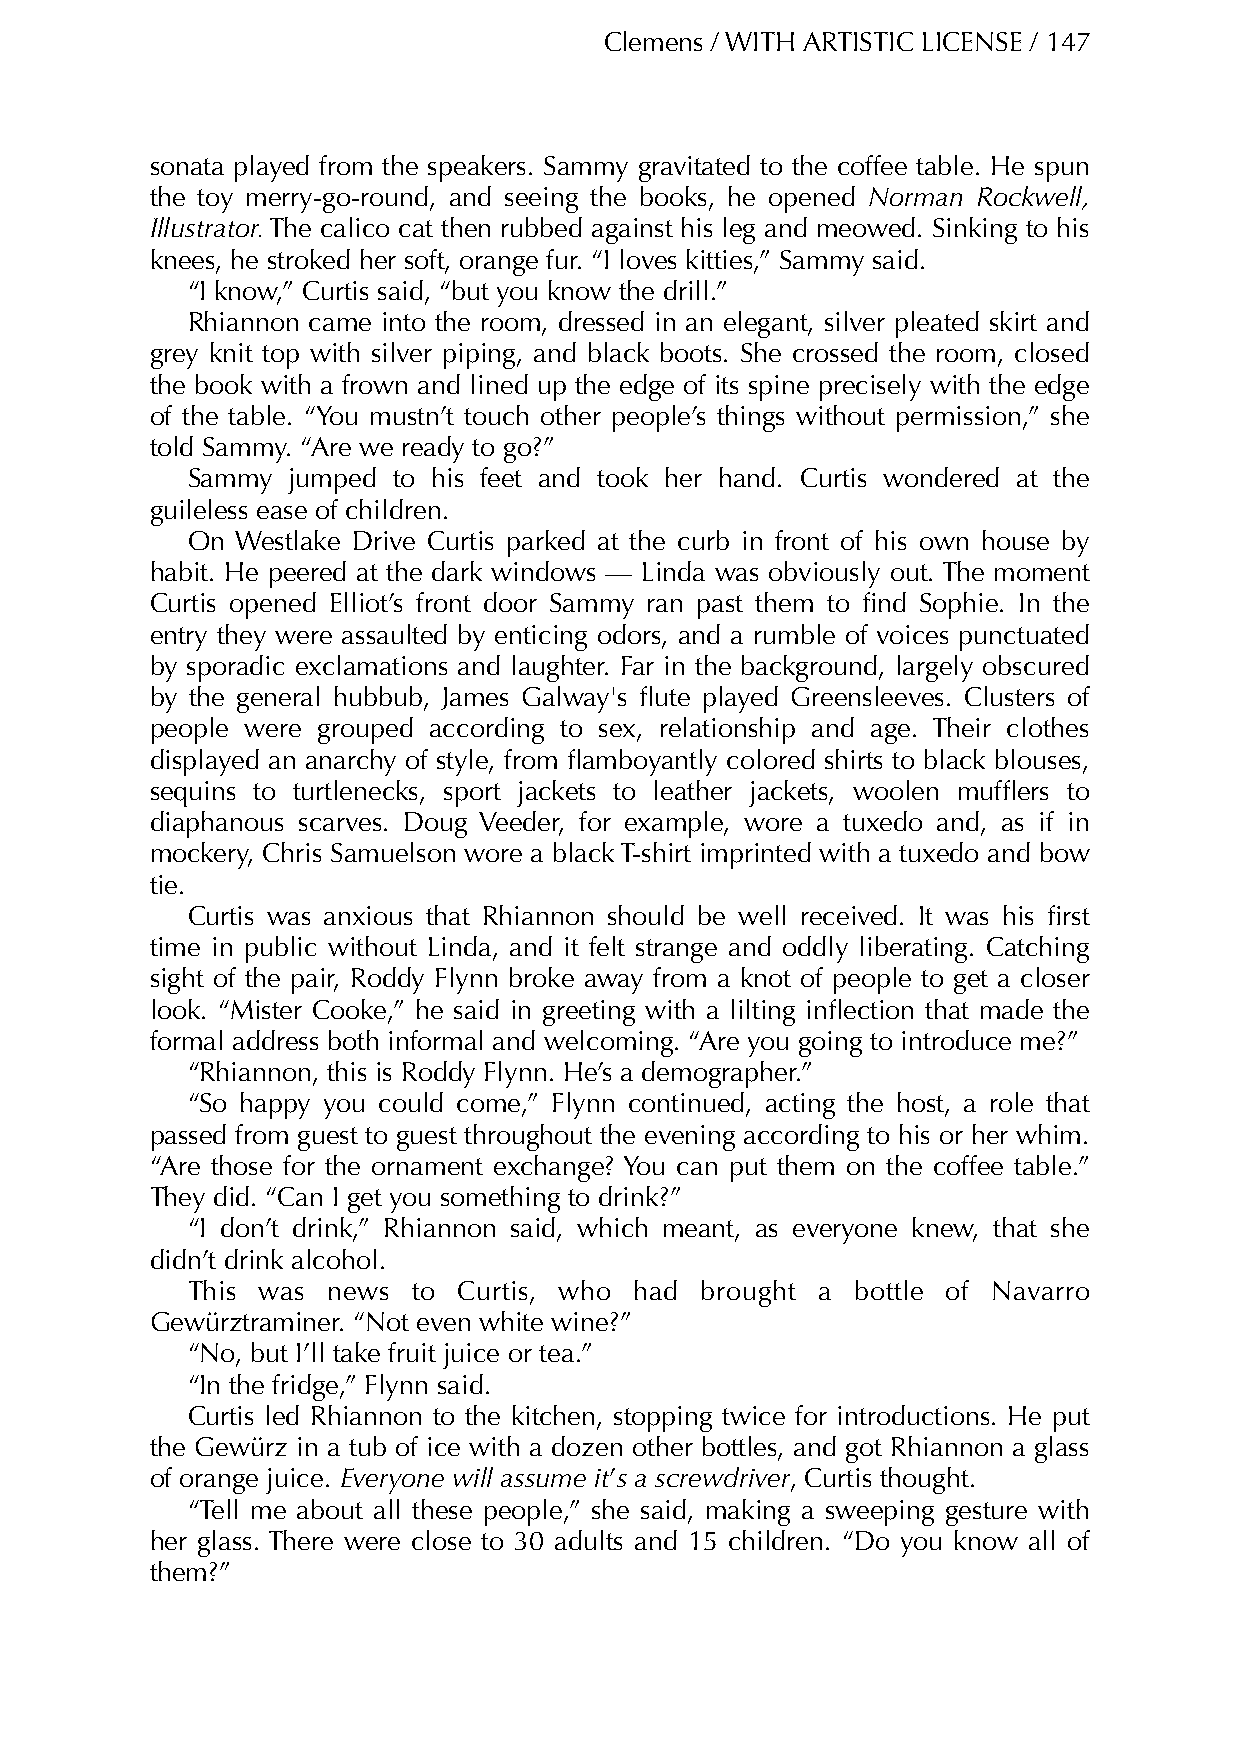
Clemens / WITH ARTISTIC LICENSE / 147
 sonata played from the speakers. Sammy gravitated to the coffee table. He spun
 the toy merry-go-round, and seeing the books, he opened Norman Rockwell,
 Illustrator. The calico cat then rubbed against his leg and meowed. Sinking to his
 knees, he stroked her soft, orange fur. “I loves kitties,” Sammy said.
 “I know,” Curtis said, “but you know the drill.”
 Rhiannon came into the room, dressed in an elegant, silver pleated skirt and
 grey knit top with silver piping, and black boots. She crossed the room, closed
 the book with a frown and lined up the edge of its spine precisely with the edge
 of the table. “You mustn’t touch other people’s things without permission,” she
 told Sammy. “Are we ready to go?”
 Sammy  jumped to his feet and took her hand. Curtis wondered at the
 guileless ease of children.
 On  Westlake Drive Curtis parked at the curb in front of his own house by
 habit. He peered at the dark windows — Linda was obviously out. The moment
 Curtis opened Elliot’s front door Sammy ran past them to find Sophie. In the
 entry they were assaulted by enticing odors, and a rumble of voices punctuated
 by sporadic exclamations and laughter. Far in the background, largely obscured
 by the general hubbub, James Galway's flute played Greensleeves. Clusters of
 people were grouped according to sex, relationship and age. Their clothes
 displayed an anarchy of style, from flamboyantly colored shirts to black blouses,
 sequins to turtlenecks, sport jackets to leather jackets, woolen mufflers to
 diaphanous scarves. Doug Veeder, for example, wore a tuxedo and, as if in
 mockery, Chris Samuelson wore a black T-shirt imprinted with a tuxedo and bow
 tie.
 Curtis was anxious that Rhiannon should be well received. It was his first
 time in public without Linda, and it felt strange and oddly liberating. Catching
 sight of the pair, Roddy Flynn broke away from a knot of people to get a closer
 look. “Mister Cooke,” he said in greeting with a lilting inflection that made the
 formal address both informal and welcoming. “Are you going to introduce me?”
 “Rhiannon, this is Roddy Flynn. He’s a demographer.”
 “So happy you could come,” Flynn continued, acting the host, a role that
 passed from guest to guest throughout the evening according to his or her whim.
 “Are those for the ornament exchange? You can put them on the coffee table.”
 They did. “Can I get you something to drink?”
 “I don’t drink,” Rhiannon said, which meant, as everyone knew, that she
 didn’t drink alcohol.
 This was  news to Curtis, who had brought a bottle of Navarro
 Gewürztraminer. “Not even white wine?”
 “No, but I’ll take fruit juice or tea.”
 “In the fridge,” Flynn said.
 Curtis led Rhiannon to the kitchen, stopping twice for introductions. He put
 the Gewürz in a tub of ice with a dozen other bottles, and got Rhiannon a glass
 of orange juice. Everyone will assume it’s a screwdriver, Curtis thought.
 “Tell me about all these people,” she said, making a sweeping gesture with
 her glass. There were close to 30 adults and 15 children. “Do you know all of
 them?”